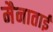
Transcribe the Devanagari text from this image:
मैनाताई